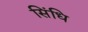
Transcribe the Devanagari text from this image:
सिंधि